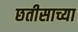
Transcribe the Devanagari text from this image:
छतीसाच्या